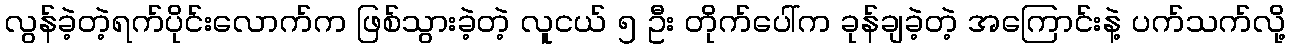
လွန်ခဲ့တဲ့ရက်ပိုင်းလောက်က ဖြစ်သွားခဲ့တဲ့ လူငယ် ၅ ဦး တိုက်ပေါ်က ခုန်ချခဲ့တဲ့ အကြောင်းနဲ့ ပက်သက်လို့